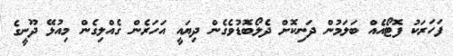
ފަހަރަކު ފޮޓޯއެއް ބަލަމުން ދަނިކޮށް ދެލޯބޮޑުވެގެން ދިޔައީ އަހަރެން ގެއްލިގެން މިއުޅޭ ދޫނީގެ